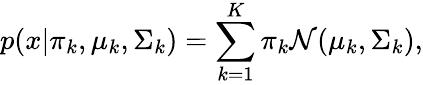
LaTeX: p(x|{\pi_{k},\mu_{k},\Sigma_{k}})=\sum_{k=1}^{K}\pi_{k}\mathcal{N}(\mu_{k},\Sigma_{k}),